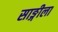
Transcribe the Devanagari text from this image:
साङ्गीला